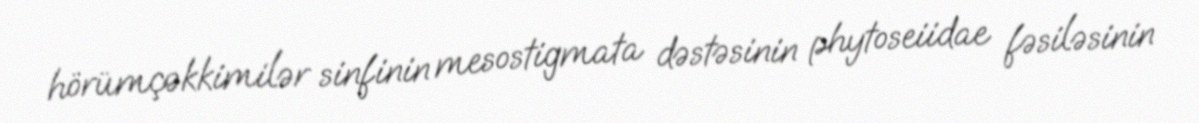
hörümçəkkimilər sinfinin mesostigmata dəstəsinin phytoseiidae fəsiləsinin